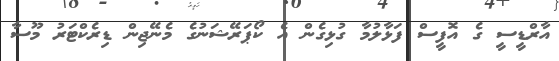
އާރްޑީސީ ގެ އޮފީސް ފަަޅާލުމާ ގުޅިގެން އެ ކޯޕަރޭޝަނުގެ މެނޭޖިން ޑިރެކްޓަރު މޫސާ